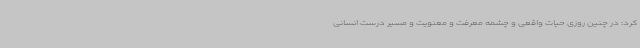
کرد: در چنین روزی حیات واقعی و چشمه معرفت و معنویت و مسیر درست انسانی